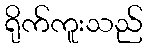
ရိုက်ကူးသည်